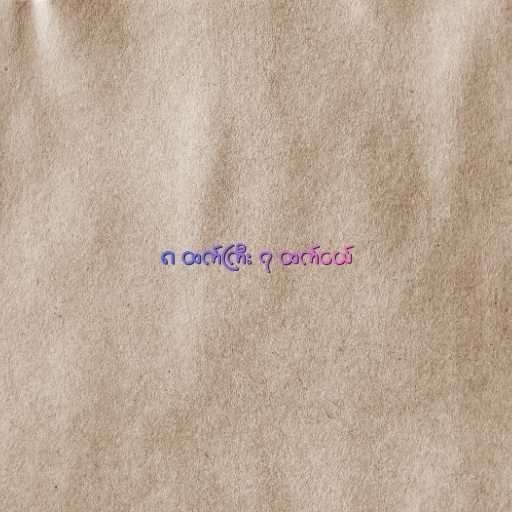
၈ ထက်ကြီး ၇ ထက်ငယ်